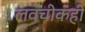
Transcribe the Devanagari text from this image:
लवचीकही